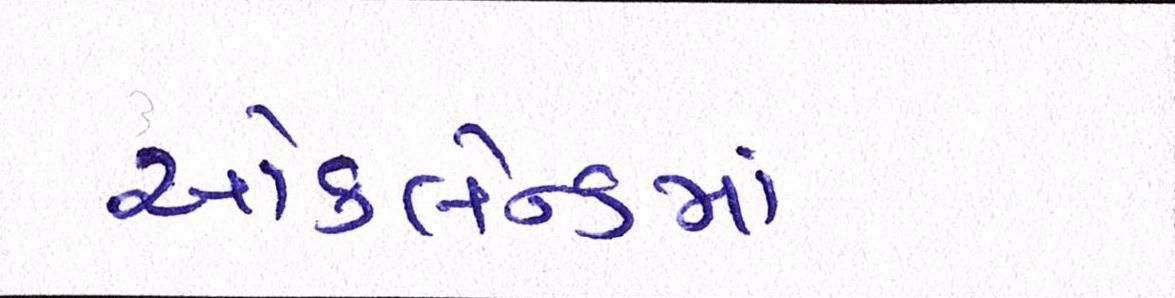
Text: ઑકલેન્ડમાં